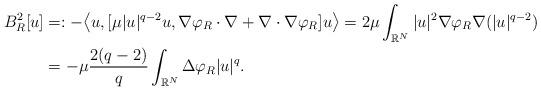
LaTeX: \begin{align*}B_{R}^{2}[u]&=:-\big<u,[\mu|u|^{q-2}u,\nabla\varphi_{R}\cdot\nabla+\nabla\cdot\nabla\varphi_{R}]u\big>=2\mu\int_{\mathbb{R}^{N}}|u|^{2}\nabla\varphi_{R}\nabla(|u|^{q-2})\\&=-\mu\frac{2(q-2)}{q}\int_{\mathbb{R}^{N}}\Delta \varphi_{R}|u|^{q}.\\\end{align*}